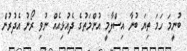
ބުނީމަ ހަމަ ތިޔަ ބުނާ އިސްލާމީ އުންމަތުގެ ދެއުޅިއެއް ނުވި ރޯނު އެދުރުން